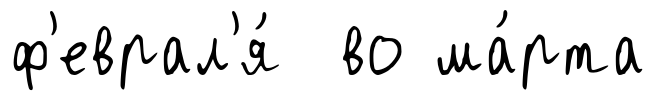
ф'еврал'я́ во ма́рта